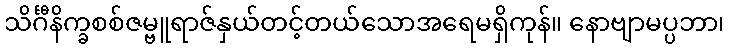
သိင်္ဂီနိက္ခစစ်ဇမ္ဗူရာဇ်နှယ်တင့်တယ်သောအရေမရှိကုန်။ နောဗျာမပ္ပဘာ၊